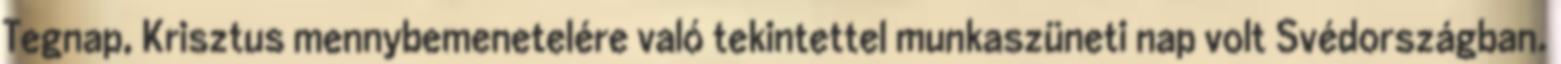
Tegnap, Krisztus mennybemenetelére való tekintettel munkaszüneti nap volt Svédországban.